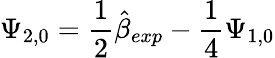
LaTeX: \Psi_{2,0}=\frac{1}{2}\hat{\beta}_{exp}-\frac{1}{4}\Psi_{1,0}